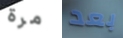
مرة بعد